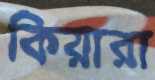
কিয়ারা